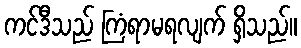
ကင်ဒီသည် ကြံရာမရလျက် ရှိသည်။